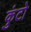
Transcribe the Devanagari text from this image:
कुंटो